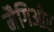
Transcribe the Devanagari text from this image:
मैगिओर